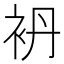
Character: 袇